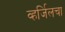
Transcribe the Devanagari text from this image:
व्हर्जिलचा